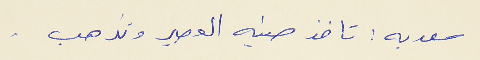
سعديه : تاخذ صنيه العصير وتذهب .